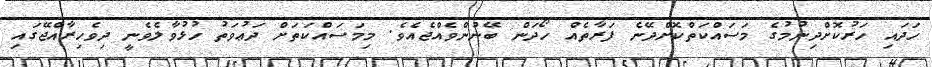
ހަދައި ހަރުކޮށްދިނުމުގެ މަސައްކަތްކޮށްދޭނެ ފަރާތެއް ހޯދަން ބޭނުންވެއްޖެއެވެ. މިމަސައްކަތަށް ދަޢުވަތު ހުޅުވާލެވެނީ ދިވެހިރާއްޖޭގައި